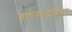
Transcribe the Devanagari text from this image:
गायनपद्धतींवर